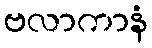
ဗလာကာနံ